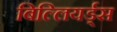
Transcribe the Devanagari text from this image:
बिल्लियर्ड्स